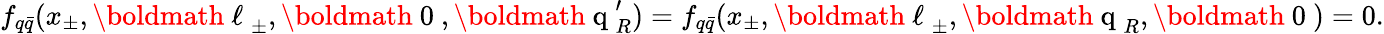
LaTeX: f_{q\bar{q}}(x_{\pm},\mathrm{\boldmath~\ell~}_{\pm},\mathrm{\boldmath~0~},\mathrm{\boldmath~q~}_{R}^{\prime})=f_{q\bar{q}}(x_{\pm},\mathrm{\boldmath~\ell~}_{\pm},\mathrm{\boldmath~q~}_{R},\mathrm{\boldmath~0~})=0.